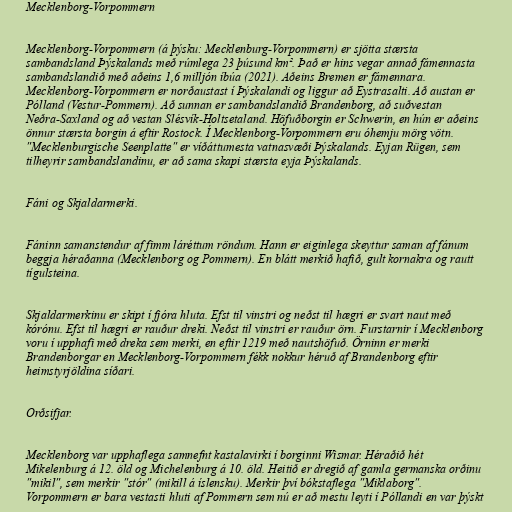
Mecklenborg-Vorpommern

Mecklenborg-Vorpommern (á þýsku: Mecklenburg-Vorpommern) er sjötta stærsta
sambandsland Þýskalands með rúmlega 23 þúsund km². Það er hins vegar annað fámennasta
sambandslandið með aðeins 1,6 milljón íbúa (2021). Aðeins Bremen er fámennara.
Mecklenborg-Vorpommern er norðaustast í Þýskalandi og liggur að Eystrasalti. Að austan er
Pólland (Vestur-Pommern). Að sunnan er sambandslandið Brandenborg, að suðvestan
Neðra-Saxland og að vestan Slésvík-Holtsetaland. Höfuðborgin er Schwerin, en hún er aðeins
önnur stærsta borgin á eftir Rostock. Í Mecklenborg-Vorpommern eru óhemju mörg vötn.
"Mecklenburgische Seenplatte" er víðáttumesta vatnasvæði Þýskalands. Eyjan Rügen, sem
tilheyrir sambandslandinu, er að sama skapi stærsta eyja Þýskalands.

Fáni og Skjaldarmerki.

Fáninn samanstendur af fimm láréttum röndum. Hann er eiginlega skeyttur saman af fánum
beggja héraðanna (Mecklenborg og Pommern). En blátt merkið hafið, gult kornakra og rautt
tígulsteina.

Skjaldarmerkinu er skipt í fjóra hluta. Efst til vinstri og neðst til hægri er svart naut með
kórónu. Efst til hægri er rauður dreki. Neðst til vinstri er rauður örn. Furstarnir í Mecklenborg
voru í upphafi með dreka sem merki, en eftir 1219 með nautshöfuð. Örninn er merki
Brandenborgar en Mecklenborg-Vorpommern fékk nokkur héruð af Brandenborg eftir
heimstyrjöldina síðari.

Orðsifjar.

Mecklenborg var upphaflega samnefnt kastalavirki í borginni Wismar. Héraðið hét
Mikelenburg á 12. öld og Michelenburg á 10. öld. Heitið er dregið af gamla germanska orðinu
"mikil", sem merkir "stór" (mikill á íslensku). Merkir því bókstaflega "Miklaborg".
Vorpommern er bara vestasti hluti af Pommern sem nú er að mestu leyti í Póllandi en var þýskt